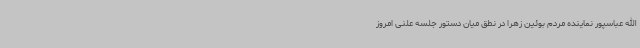
الله عباسپور نماینده مردم بوئین زهرا در نطق میان دستور جلسه علنی امروز